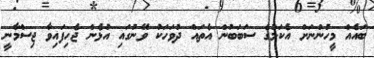
ބައެއް މީހުންނަށް އެކަމުގެ ސަބަބުން އެތައް ދުވަހަކު ވޭނުގައި އުޅެން ޖެހިފައިވާ ޖިސްމާނީ